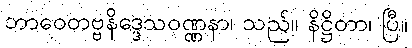
ဘာဝေတဗ္ဗနိဒ္ဒေသဝဏ္ဏနာ၊ သည်။ နိဋ္ဌိတာ၊ ပြီ။